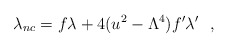
\begin{align*}\lambda_{nc}=f\lambda+4(u^2-\Lambda^4)f'\lambda'\ \ ,\end{align*}